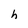
Character: h